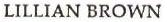
LILLIAN BROWN